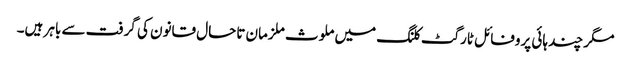
مگر چند ہائی پروفائل ٹارگٹ کلنگ میں ملوث ملزمان تاحال قانون کی گرفت سے باہر ہیں۔